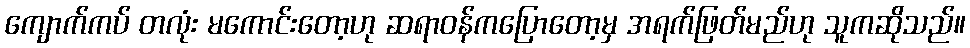
ကျောက်ကပ် တလုံး မကောင်းတော့ဟု ဆရာဝန်ကပြောတော့မှ အရက်ဖြတ်မည်ဟု သူကဆိုသည်။